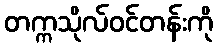
တက္ကသိုလ်ဝင်တန်းကို